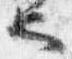
也